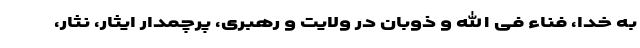
به خدا، فناء فی الله و ذَوَبان در ولایت و رهبری، پرچمدار ایثار، نثار،